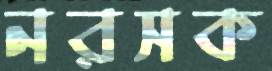
নরসক